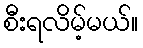
စီးရလိမ့်မယ်။